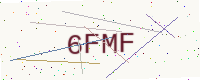
Text: 6FMF